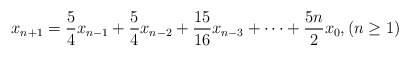
\begin{align*}x_{n+1}= \frac{5}{4}x_{n-1}+\frac{5}{4}x_{n-2}+\frac{15}{16}x_{n-3}+\cdots+\frac{5n}{2}x_0, (n\geq 1)\end{align*}